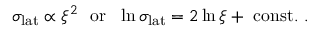
\sigma _ { \mathrm { l a t } } \propto \xi ^ { 2 } ~ ~ \mathrm { o r } ~ ~ \ln \sigma _ { \mathrm { l a t } } = 2 \ln \xi + ~ \mathrm { c o n s t . } ~ .